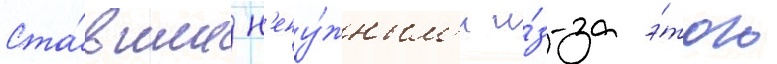
Ста́вшие н'ену́жным'и и́з-за э́того